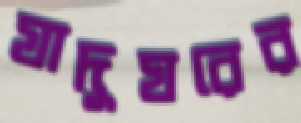
যাদুঘরের